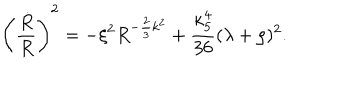
\left( { \frac { \dot { R } } { R } } \right) ^ { 2 } = - \xi ^ { 2 } R ^ { - { \frac { 2 } { 3 } } k ^ { 2 } } + { \frac { \kappa _ { 5 } ^ { 4 } } { 3 6 } } ( \lambda + \rho ) ^ { 2 } .